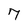
Character: 7